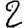
Digit: 2